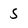
Character: 5